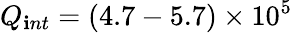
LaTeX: Q_{\mathbf{i}nt}=(4.7-5.7)\times10^{5}